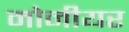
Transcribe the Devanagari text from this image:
मोनीयर